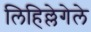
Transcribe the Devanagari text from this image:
लिहिल्लेगेले